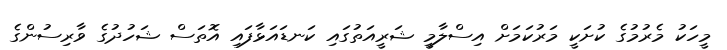
މީހަކު މެރުމުގެ ކުށަކީ މަރުކަމަށް އިސްލާމީ ޝަރީއަތުގައި ކަނޑައަޅާފައި އޮތަސް ޝަހުދުގެ ވާރިސުންގެ